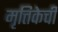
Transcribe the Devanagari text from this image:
मृत्तिकेची